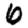
Digit: 6